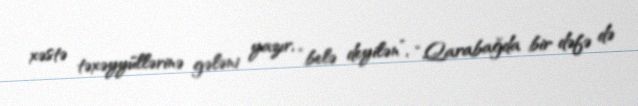
xəstə təxəyyüllərinə gələni yazır, “belə deyilən”, “Qarabağda bir dəfə də